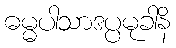
ဓမ္မပါသာဒပ္ပမုခါနိ